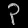
Digit: ၃